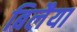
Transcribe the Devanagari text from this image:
बिलैया